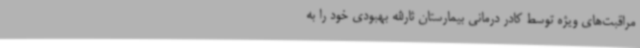
مراقبت‌های ویژه توسط کادر درمانی بیمارستان ثارالله بهبودی خود را به